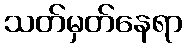
သတ်မှတ်နေရာ